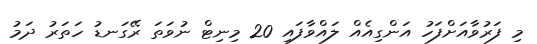
މި ފަރުވާއަށްފަހު އަންގިއެއް ލައްވާފައި 20 މިނިޓް ނުވަތަ ރޭގަނޑު ހަތަރު ދަމު